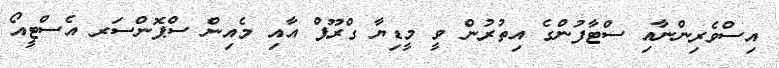
އިސްވެރިންނާއި ސްޓާފުންގެ އިތުރުން ވީ މީޑިޔާ ގްރޫޕް އާއި މެއިން ސްޕޮންސަރ އެސްޓީއޯ